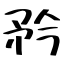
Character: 矜